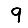
Digit: 9